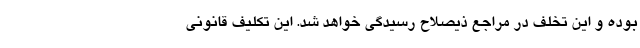
بوده و این تخلف در مراجع ذیصلاح رسیدگی خواهد شد. این تکلیف قانونی